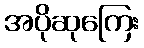
အပိုဆုကြေး